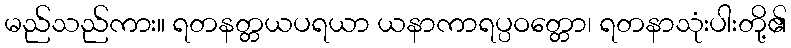
မည်သည်ကား။ ရတနတ္တယပရယာ ယနာကာရပ္ပဝတ္တော၊ ရတနာသုံးပါးတို့၏